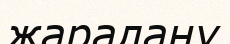
жаралану